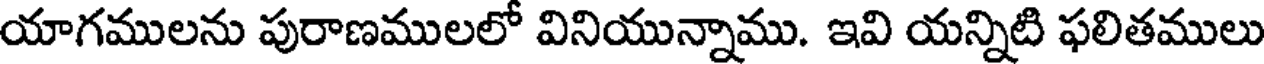
యాగములను పురాణములలో వినియున్నాము. ఇవి యన్నిటి ఫలితములు